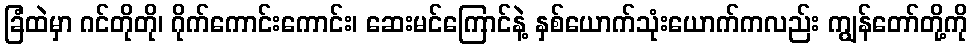
ခြံထဲမှာ ဂင်တိုတို၊ ဂိုက်ကောင်းကောင်း၊ ဆေးမင်ကြောင်နဲ့ နှစ်ယောက်သုံးယောက်ကလည်း ကျွန်တော်တို့ကို